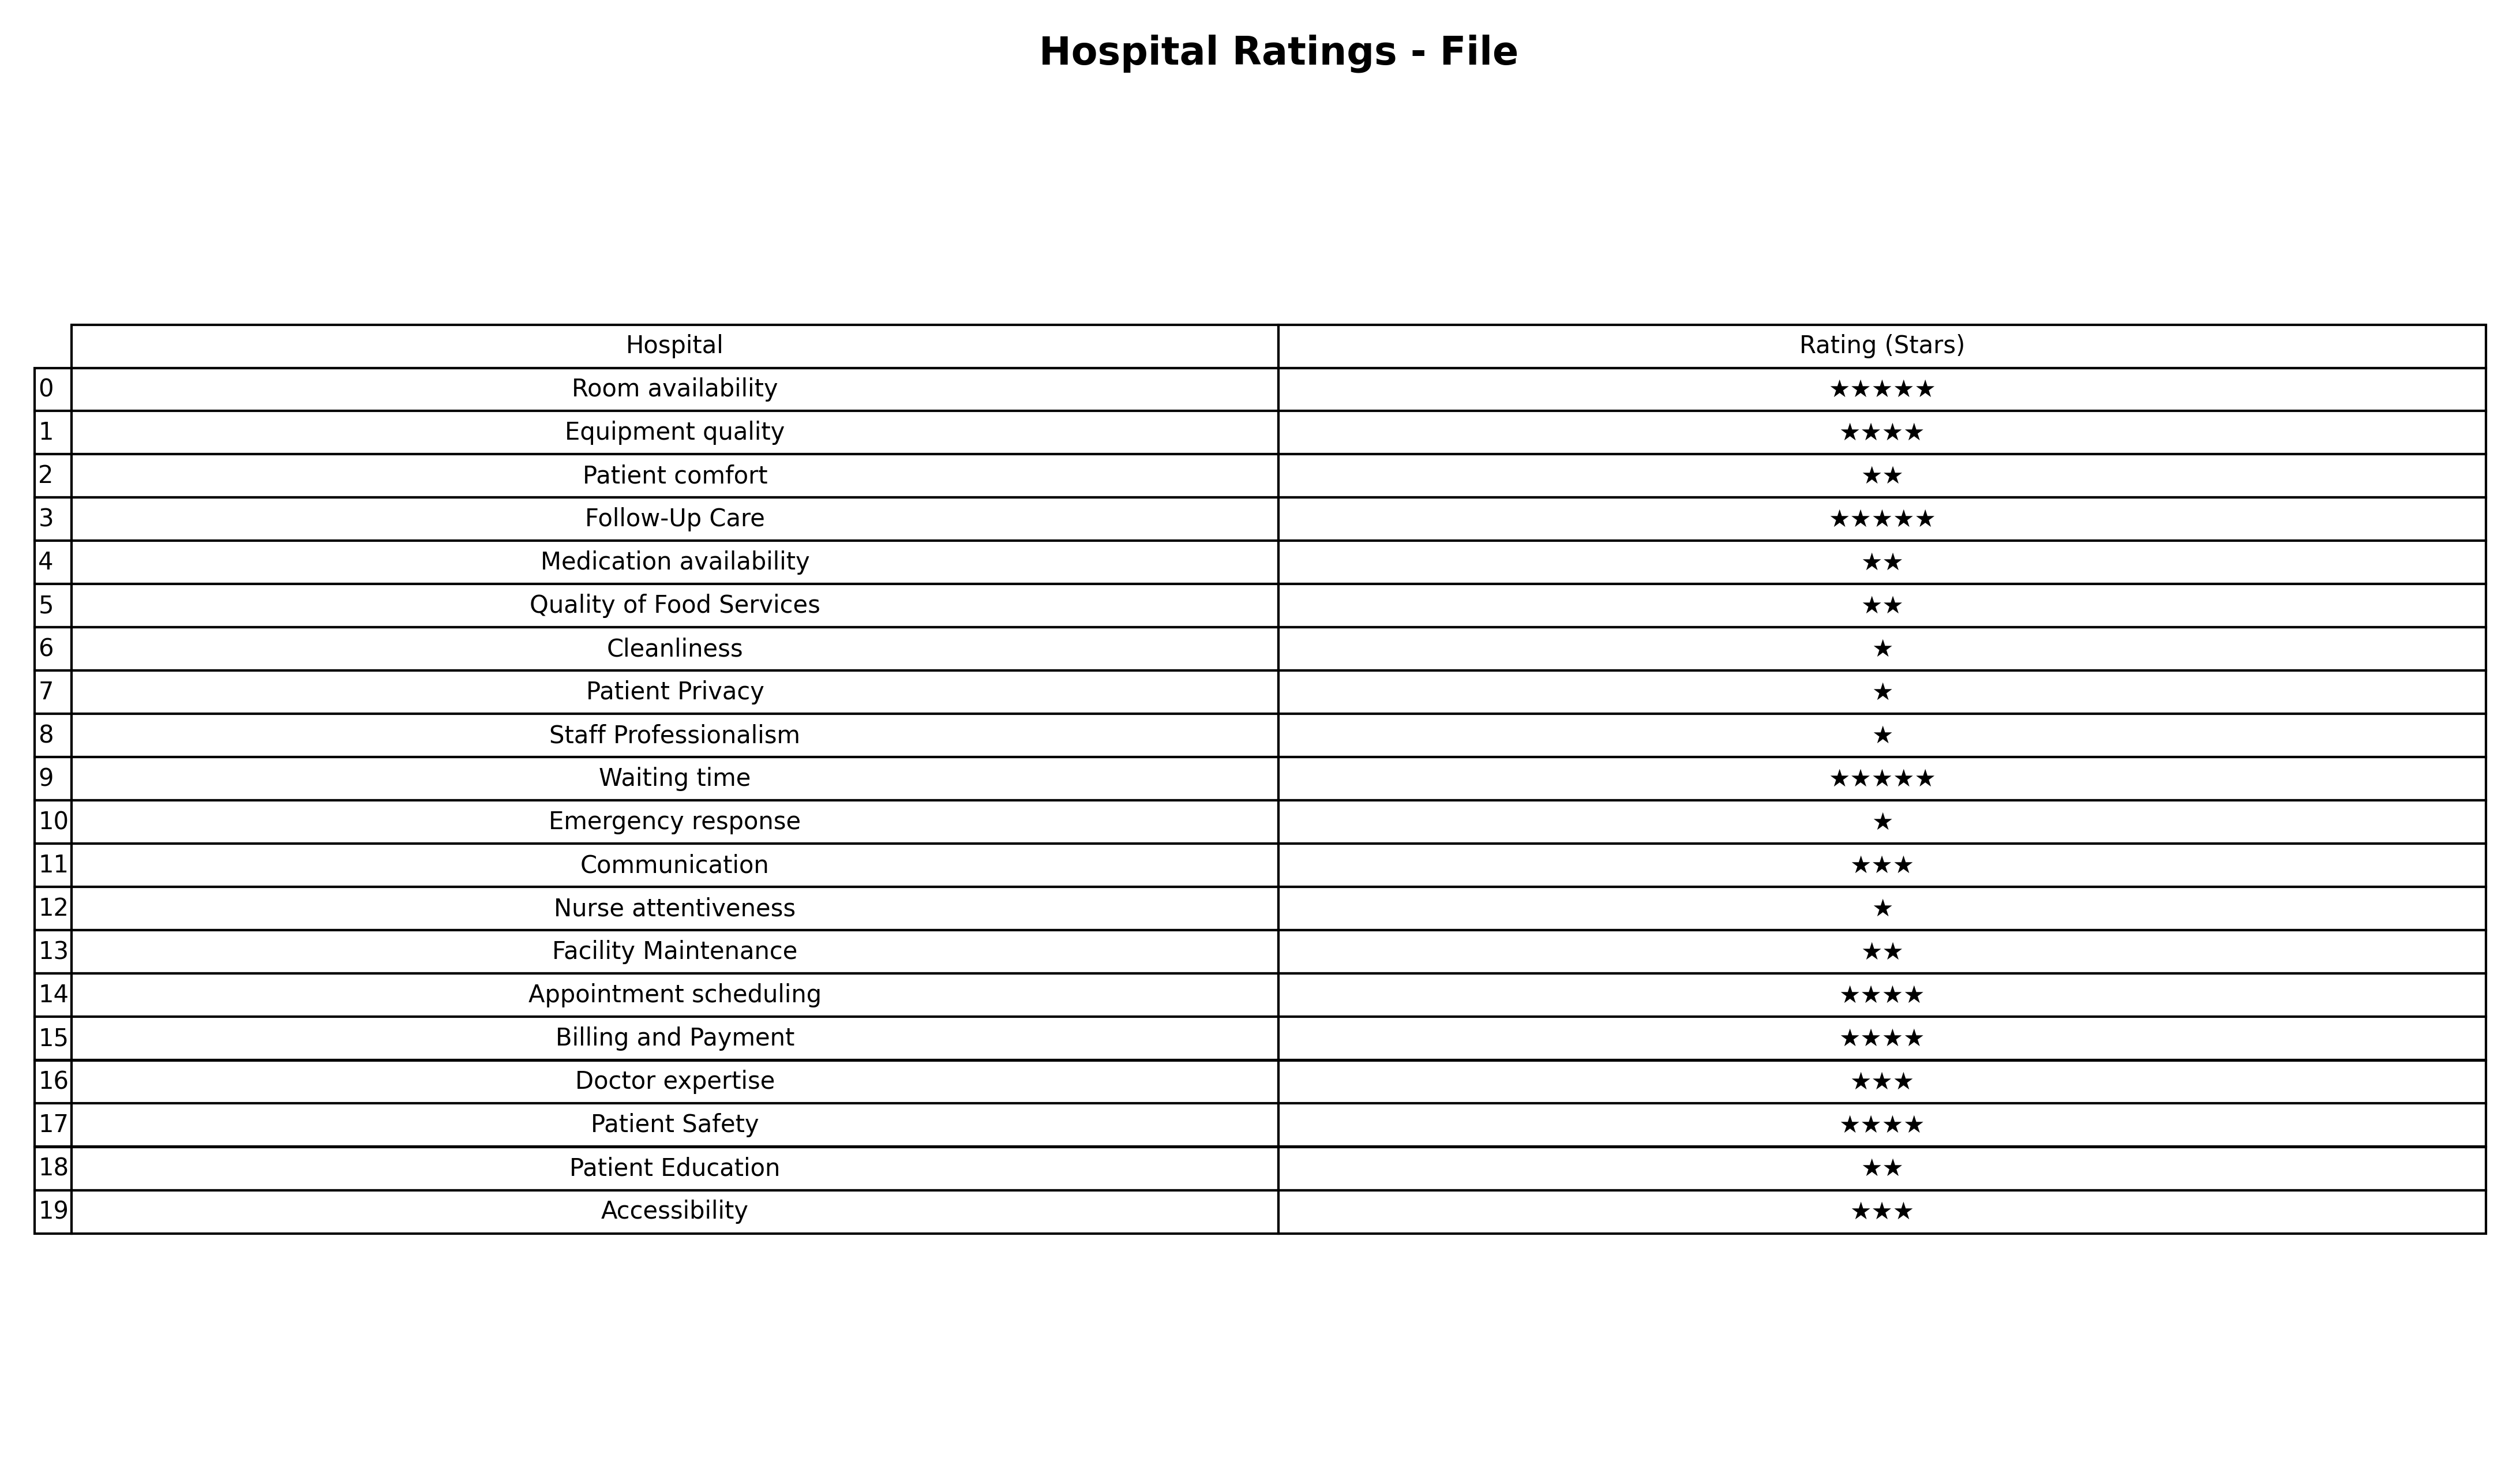
question: What is the rating of Patient comfort?
answer: ★★